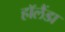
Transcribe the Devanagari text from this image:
हॉलैंडा